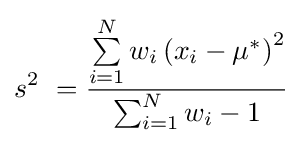
s^{2}\ ={\frac {\sum \limits _{i=1}^{N}w_{i}\left(x_{i}-\mu ^{*}\right)^{2}}{\sum _{i=1}^{N}w_{i}-1}}